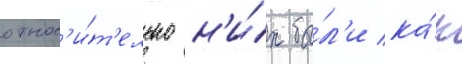
относ'и́т'ельно н'и́х бы́л'и ка́к